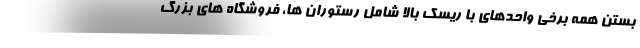
بستن همه برخی واحدهای با ریسک بالا شامل رستوران ها، فروشگاه های بزرگ